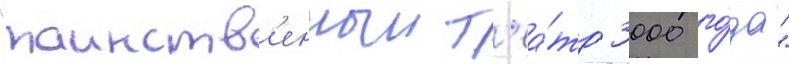
"таинств'енныи т'еа́тр 3000 го́да"